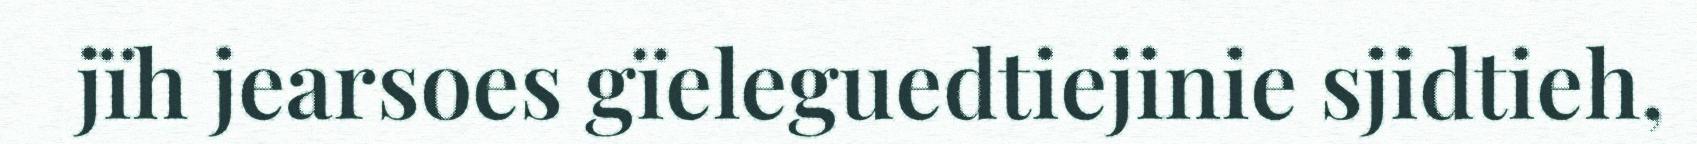
jïh jearsoes gïeleguedtiejinie sjidtieh,